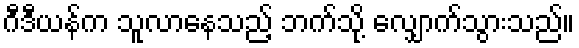
ဂီဒီယန်က သူလာနေသည့် ဘက်သို့ လျှောက်သွားသည်။